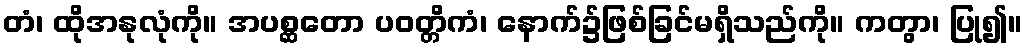
တံ၊ ထိုအနုလုံကို။ အပစ္ဆတော ပဝတ္တိကံ၊ နောက်၌ဖြစ်ခြင်မရှိသည်ကို။ ကတွာ၊ ပြု၍။